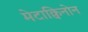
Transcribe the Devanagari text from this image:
मेटाक्विनोन